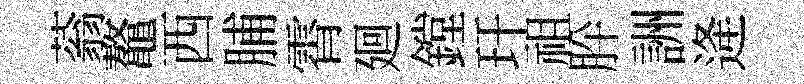
蓊鼇西脯霄廻鏜玕祖肸詶逄